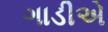
ગાડીએ